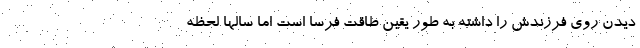
دیدن روی فرزندش را داشته به طور یقین طاقت فرسا است اما سالها لحظه